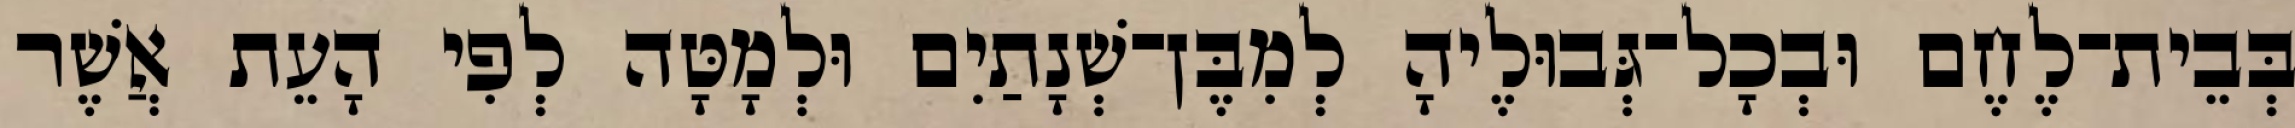
בְּבֵית־לֶחֶם וּבְכָל־גְּבוּלֶיהָ לְמִבֶּן־שְׁנָתַיִם וּלְמָטָּה לְפִי הָעֵת אֲשֶׁר